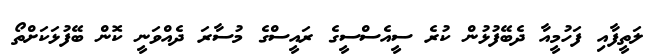
ލަތީފާއި ފަހުމީއާ ދެބޭފުޅުން ކުރެ ސީއެސްސީގެ ރައީސްގެ މުސާރަ ދެއްވަނީ ކޮން ބޭފުޅަކަށްތޯ